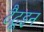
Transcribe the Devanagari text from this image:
टैटूइन